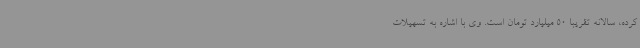
کرده، سالانه تقریبا 50 میلیارد تومان است. وی با اشاره به تسهیلات